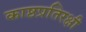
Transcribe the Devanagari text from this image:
काष्ठप्रतिरक्षी